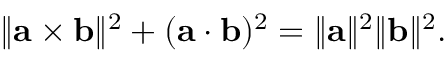
\| \mathbf { a } \times \mathbf { b } \| ^ { 2 } + ( \mathbf { a } \cdot \mathbf { b } ) ^ { 2 } = \| \mathbf { a } \| ^ { 2 } \| \mathbf { b } \| ^ { 2 } .